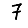
Digit: 7